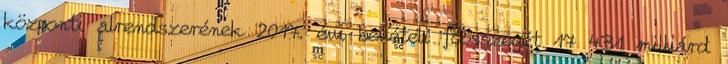
központi alrendszerének 2017. évi bevételi főösszegét 17 431 milliárd